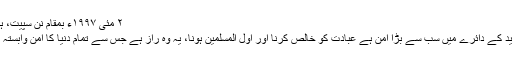
٢ مئی ١٩٩٧ء بمقام نن سپیت، ہالینڈ
توحید کے دائرے میں سب سے بڑا امن ہے عبادت کو خالص کرنا اور اول المسلمین ہونا، یہ وہ راز ہے جس سے تمام دنیا کا امن وابستہ ہے۔